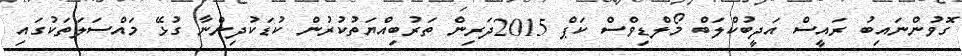
ގޮވުންނައިބު ރައީސް އަދީބުކްލަބް މޯލްޑިވްސް ކަޕް 2015ދަރިން ތަރުބިއްޔަތުކުރުން ކުޑަކުދިންނާ ގުޅޭ މައްސަލަތަކުގައި